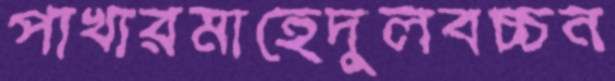
পাখারমাহেদুলবচ্চন